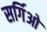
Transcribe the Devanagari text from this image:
सर्गिओ